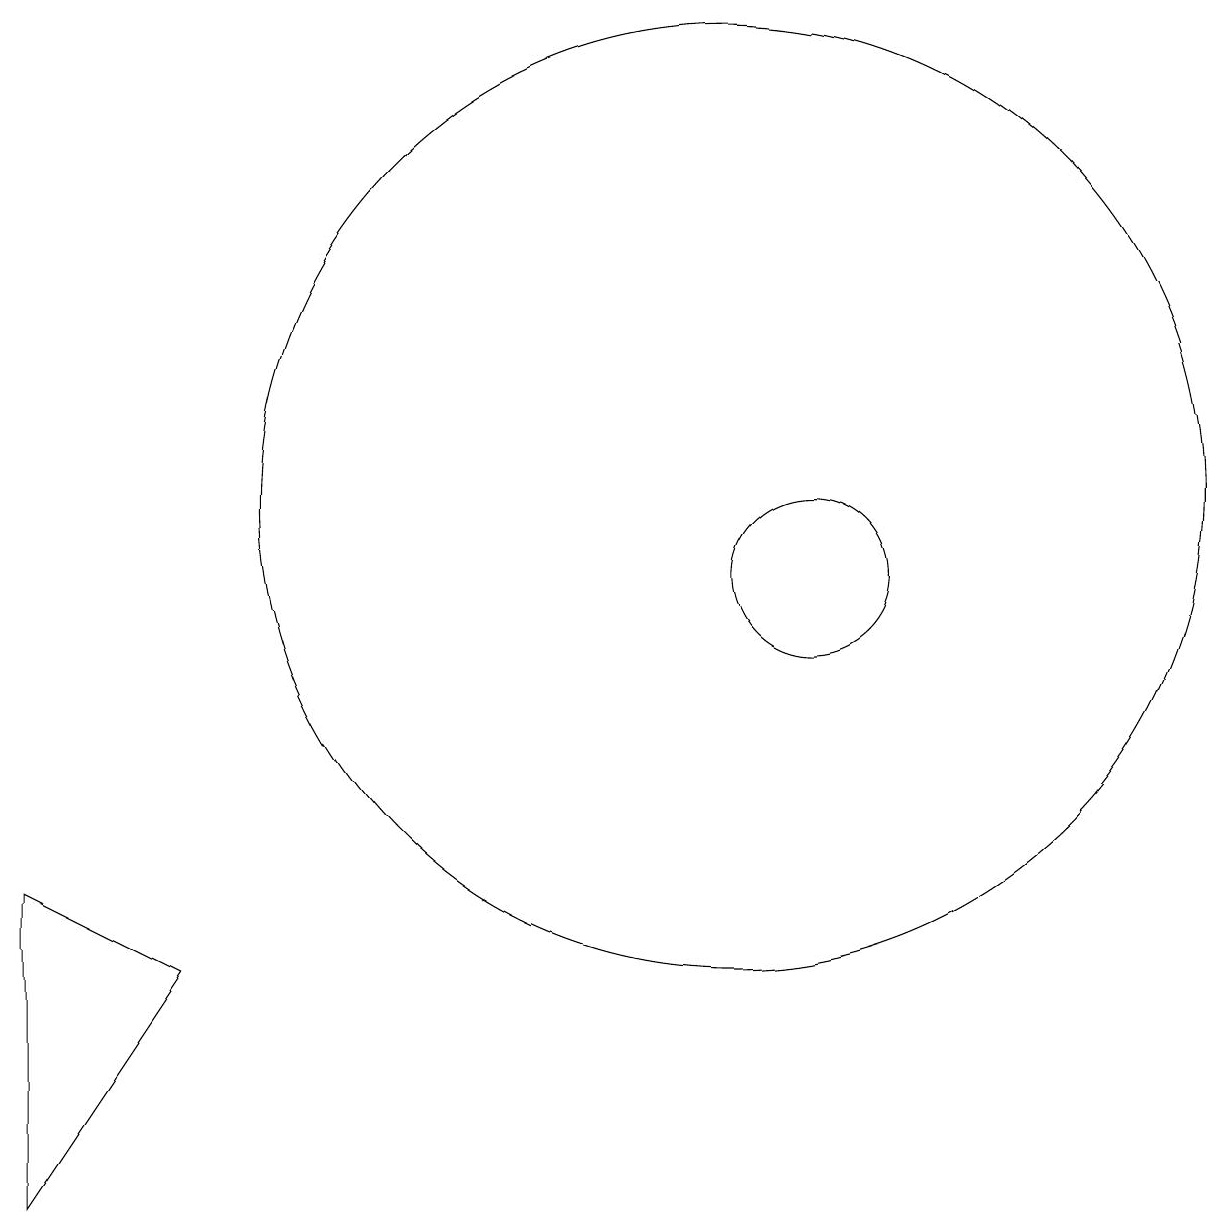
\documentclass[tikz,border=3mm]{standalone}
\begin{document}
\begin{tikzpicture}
\draw (1,6) -- (1,2) -- (3,5) -- cycle;
\draw (11,10) circle (1);
\draw (10,11) circle (6);
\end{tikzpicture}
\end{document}